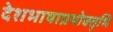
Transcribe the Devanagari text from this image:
देशभाषाप्रयोक्तृभि